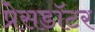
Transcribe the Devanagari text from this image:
प्रेसडॉटर